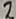
Text: 2